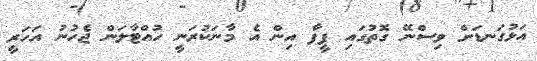
އަޅުގަނޑަށް ވިސްނޭ ގޮތުގައި ފީފާ އިން އެ މާނަކުރަނީ ހުއްޓާލަން ޖެހުނު އަހަރީ